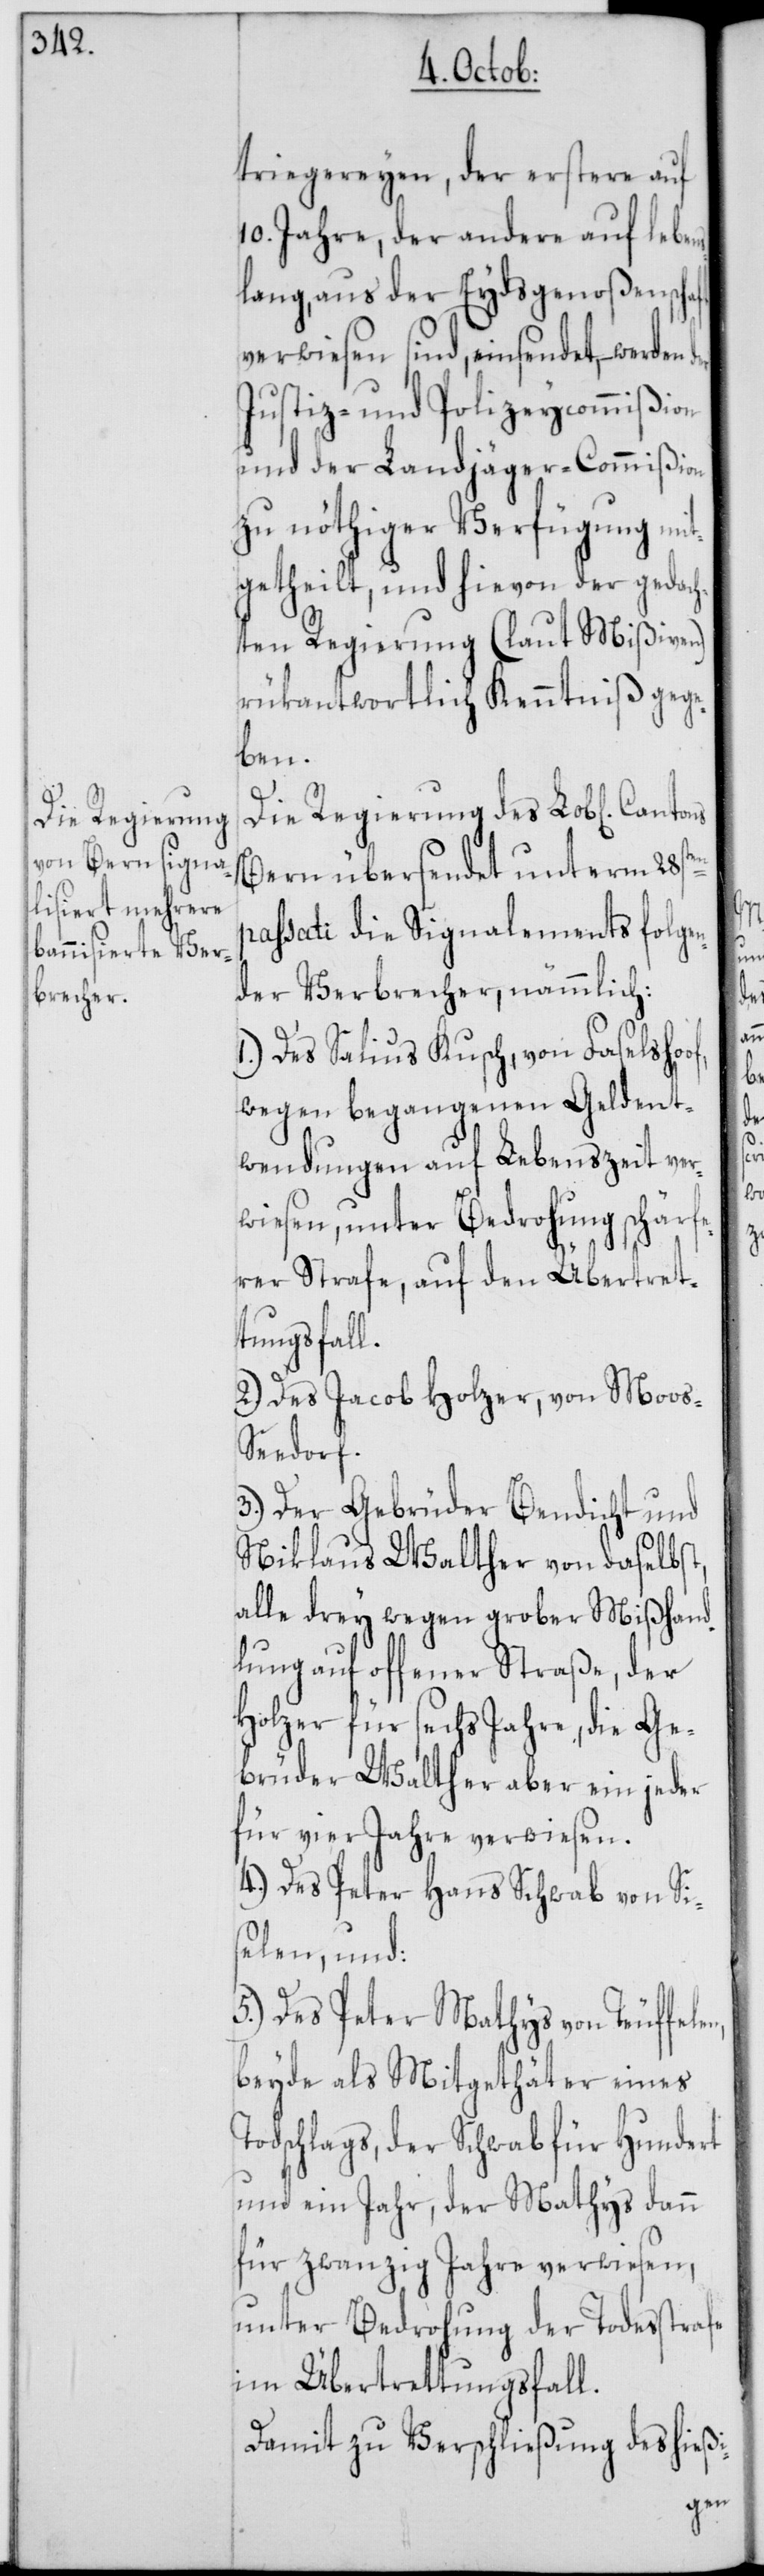
Die Regierung

triegereyen, der erstere auf
10. Jahre, der andere auf leben¬
lang, aus der Eydsgenoßenschaft
verwiesen sind, einsendet, – werden
Justiz- und Polizeycommißion
und der Landjäger-Commißion
zu nöthiger Verfügung mit¬
getheilt, und hievon der gedach¬
ten Regierung (laut Mißiven)
rükantwortlich Kenntniß gege¬
len,
Bern übersendet unterm 28sten
passati die Signalements folgen¬
der Verbrecher, nämmlich:
1.) Des Salius Kusch, von Faselsho¬
wegen begangenen Geldent¬
wendungen auf Lebenszeit ver¬
wiesen, unter Bedrohung schärfe¬
of,
rer Strafe, auf den Übertret¬
tungsfall.
2.) Des Jacob Holzer von Moos-S¬
eedorf.
3.) Der Gebrüder Bendicht und
Niklaus Walther von daselbst,
alle drey wegen grober Mißhand¬
lung auf offener Straße, der
Holzer für sechs Jahre, die Ge¬
brüder Walther aber ein jeder
für vier Jahre verwiesen.
4.) Des Peter Hans Schwab von Si¬
selen, und:
5.) Des Peter Mathys von Teuffe¬
beyde als Mitgethäter eines
Todschlags, der Schwab für hundert
und ein Jahr, der Mathys dann
für zwanzig Jahre verwiesen,
unter Bedrohung der Todesstrafe
im Übertrettungsfall.
Damit zu Verschließung des hießi-